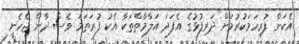
އެކަން ފުރިހަމަކުރުމަށް ދަރިފުޅުގެ އެފަދަ އަލާމާތްތަކާ އެކު ފުރަތަމަ ވެސް ދާން ޖެހެނީ